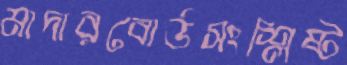
মাদারবোর্ডসংশ্লিষ্ট